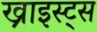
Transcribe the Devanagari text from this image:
ख्राइस्ट्स